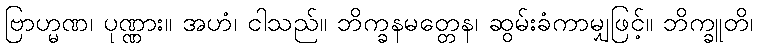
ဗြာဟ္မဏ၊ ပုဏ္ဏား။ အဟံ၊ ငါသည်။ ဘိက္ခနမတ္တေန၊ ဆွမ်းခံကာမျှဖြင့်။ ဘိက္ခူတိ၊